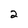
Character: 2